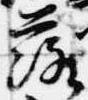
落